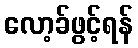
လော့ခ်ဖွင့်ရန်